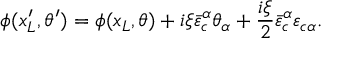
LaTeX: \phi ( x _ { L } ^ { \prime } , \theta ^ { \prime } ) = \phi ( x _ { L } , \theta ) + i \xi { \bar { \varepsilon } } _ { c } ^ { \alpha } \theta _ { \alpha } + \frac { i \xi } { 2 } { \bar { \varepsilon } } _ { c } ^ { \alpha } { \varepsilon } _ { c \alpha } .